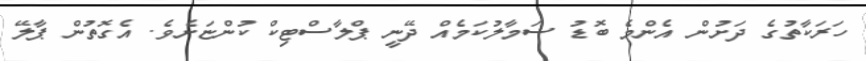
ހަރަކާތުގެ ދަށުން އެންމެ ބޮޑު ސަމާލުކަމެއް ދޭނީ ޕްލާސްޓިކް ކުންޏަށެވެ. އެގޮތުން ޕާލޭ